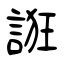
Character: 誑